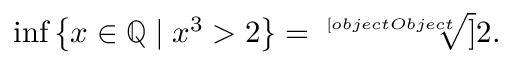
\operatorname* { i n f } \left\{ x \in \mathbb { Q } \mid x ^ { 3 } > 2 \right\} = { \sqrt [ [object Object] ] { 2 } } .